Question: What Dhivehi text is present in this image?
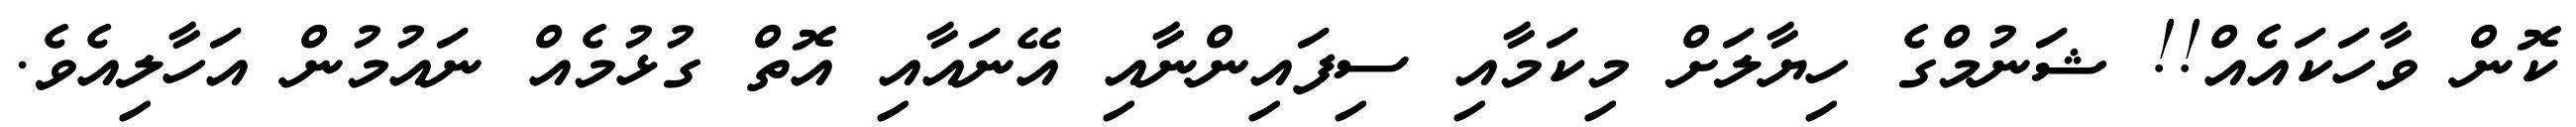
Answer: ކޮން ވާހަކައެއް!! ޝަނުމްގެ ހިޔާލަށް މިކަމާއި ސިފައިންނާއި އޭނައާއި އޮތް ގުޅުމެއް ނައުމުން އަހާލިއެވެ.